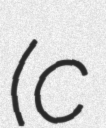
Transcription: (c